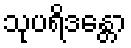
သုပရိဒန္တော